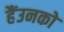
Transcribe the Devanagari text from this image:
हैंउनको